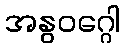
အနွဝဂ္ဂေါ